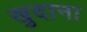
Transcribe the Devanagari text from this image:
खुदाना